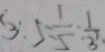
3 : 5 = \frac { 1 } { 5 } : \frac { 1 } { 3 }